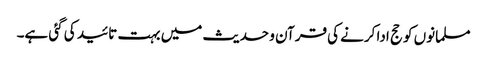
مسلمانوں کو حج ادا کرنے کی قرآن و حدیث میں بہت تائید کی گئی ہے۔